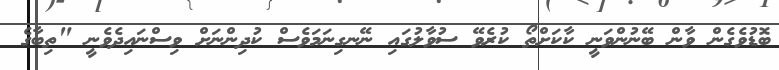
ބޮޑުވެގެން ވާން ބޭނުންވަނީ ކާކަށްތޯ ކުރެވޭ ސުވާލުގައި ނޭނގިނަމަވެސް ކުދިންނަށް ވިސްނައިދެވެނީ "ތިބާގެ